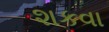
શકવા